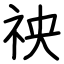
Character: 䄃